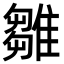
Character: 雛